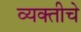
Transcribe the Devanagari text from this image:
व्यक्‍तीचे